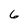
Character: 6